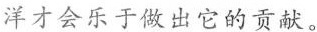
洋才会乐于做出它的贡献。